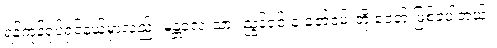
ရန်ကုန်ရုပ်ရှင်နယ်မှာလည်း မန္တလေးသား ညွန့်ဝင်းနဲ့ ဇော်ဝမ်းတို့ ခေတ် ဖြစ်ခဲ့ပါတယ်။